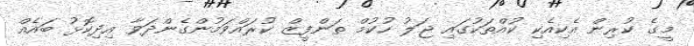
މީގެ ކުރިން އެކިއެކި ކުއްތަކުގައި ޖަލު ހުކުމް ތަންފީޒް ކުރައްވަމުންގެންދަވާ އިދިކޮޅު ބައެއް